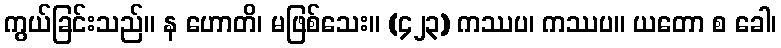
ကွယ်ခြင်းသည်။ န ဟောတိ၊ မဖြစ်သေး။ (၄၂၃) ကဿပ၊ ကဿပ။ ယတော စ ခေါ၊